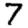
Digit: 7